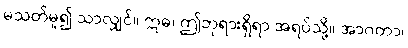
မသတ်မူ၍ သာလျှင်။ ဣဓ၊ ဤဘုရားရှိရာ အရပ်သို့။ အာဂတာ၊